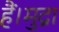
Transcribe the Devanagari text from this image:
हैं।मुद्रा